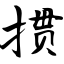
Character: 掼